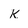
Character: K